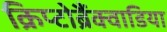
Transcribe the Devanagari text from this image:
क्रिप्टोब्रैंक्वाडिया